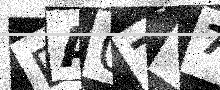
Text: DA07V7